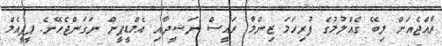
ރާއްޖެއަށް ލިބޭ ގެއްލުމުގެ ފުރިހަމަ ޒިންމާ ރައީސް ނަޝީދާއި އެމްޑީޕީން ނަގަންޖެހޭނެ: ޕީޕީއެމް